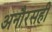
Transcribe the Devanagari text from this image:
अनौरसही